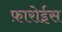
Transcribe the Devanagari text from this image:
फ़ारोईस